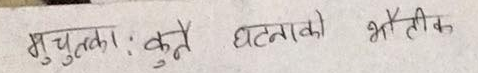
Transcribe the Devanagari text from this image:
मुचुकता: कुनै घटनाको भौतिक